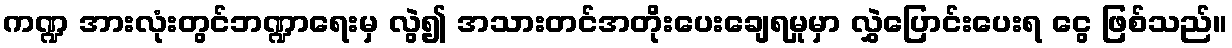
ကဏ္ဍ အားလုံးတွင်ဘဏ္ဍာရေးမှ လွဲ၍ အသားတင်အတိုးပေးချေရမှုမှာ လွှဲပြောင်းပေးရ ငွေ ဖြစ်သည်။